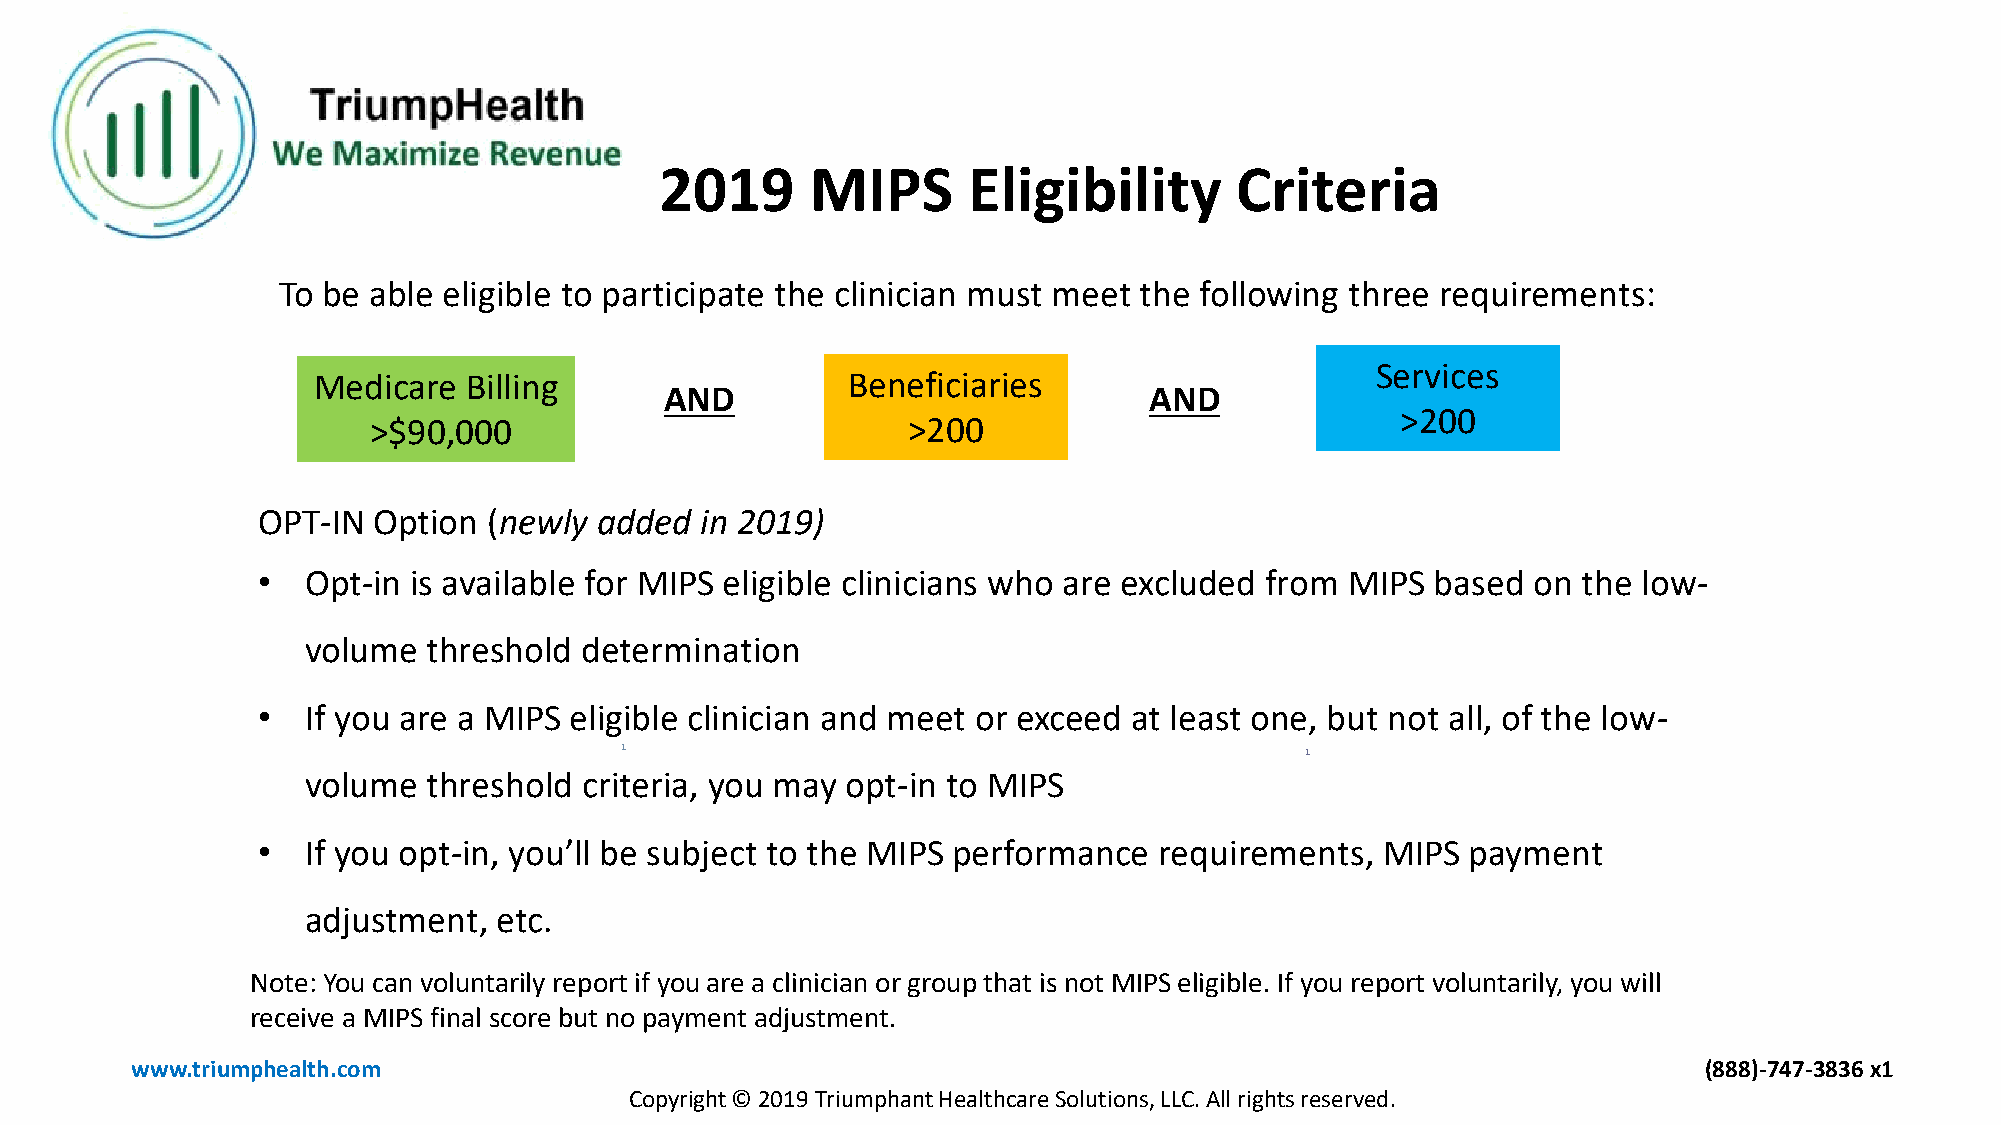
2019      MIPS      Eligibility       Criteria
 To be able eligible to participate the clinician must meet the following three requirements:
 Services
 Medicare  Billing                  Beneficiaries
 AND                             AND
 >200
 >$90,000                            >200
 OPT-IN  Option (newly added  in 2019)
 •  Opt-in is available for MIPS eligible clinicians who are excluded from MIPS based on the low-
 volume  threshold  determination
 •  If you are a MIPS eligible clinician and meet or exceed at least one, but not all, of the low-
 1                                            1
 volume  threshold  criteria, you may opt-in to MIPS
 •  If you opt-in, you’ll be subject to the MIPS performance requirements,  MIPS payment
 adjustment,  etc.
 Note: You can voluntarily report if you are a clinician or group that is not MIPS eligible. If you report voluntarily, you will
 receive a MIPS final score but no payment adjustment.
 www.triumphealth.com                                                                                    (888)-747-3836 x1
 Copyright © 2019 Triumphant Healthcare Solutions, LLC. All rights reserved.